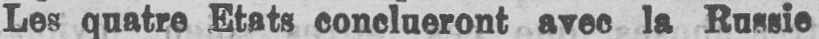
Les quatre Etats conclueront avec la Russie